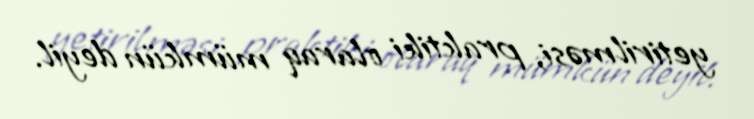
yetirilməsi, praktiki olaraq mümkün deyil.